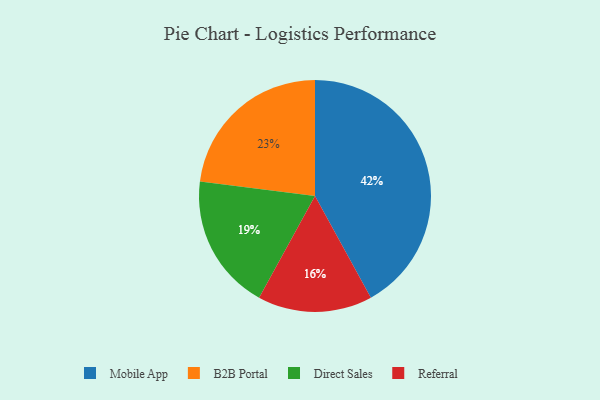
{"axis": {"x": "Category", "y": "Percentage"}, "legend": ["B2B Portal", "Direct Sales", "Mobile App", "Referral"], "data": [{"x": "Direct Sales", "y": 19, "type": "Direct Sales"}, {"x": "Mobile App", "y": 42, "type": "Mobile App"}, {"x": "Referral", "y": 16, "type": "Referral"}, {"x": "B2B Portal", "y": 23, "type": "B2B Portal"}]}